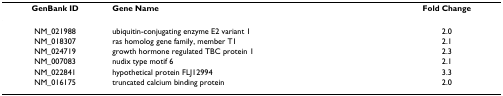
| GenBank ID | Gene Name | Fold Change |
 | --- | --- | --- |
 | NM_021988 | ubiquitin-conjugating enzyme E2 variant 1 | 2.0 |
 | NM_018307 | ras homolog gene family, member T1 | 2.1 |
 | NM_024719 | growth hormone regulated TBC protein 1 | 2.3 |
 | NM_007083 | nudix type motif 6 | 2.1 |
 | NM_022841 | hypothetical protein FLJ12994 | 3.3 |
 | NM_016175 | truncated calcium binding protein | 2.0 |